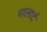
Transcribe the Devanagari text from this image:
मालार्द